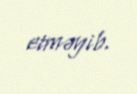
etməyib.